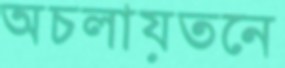
অচলায়তনে